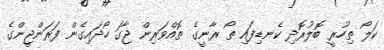
ކަލޯ ތިހުރީ ބޮލުރޮދި ކެނޑިފައި ތޯ ރާނީގެ ތޮއްވަރިން ޖާގަ ހޯދައިގެން ފަރަންޖީންގެ